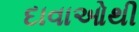
દાવાઓથી